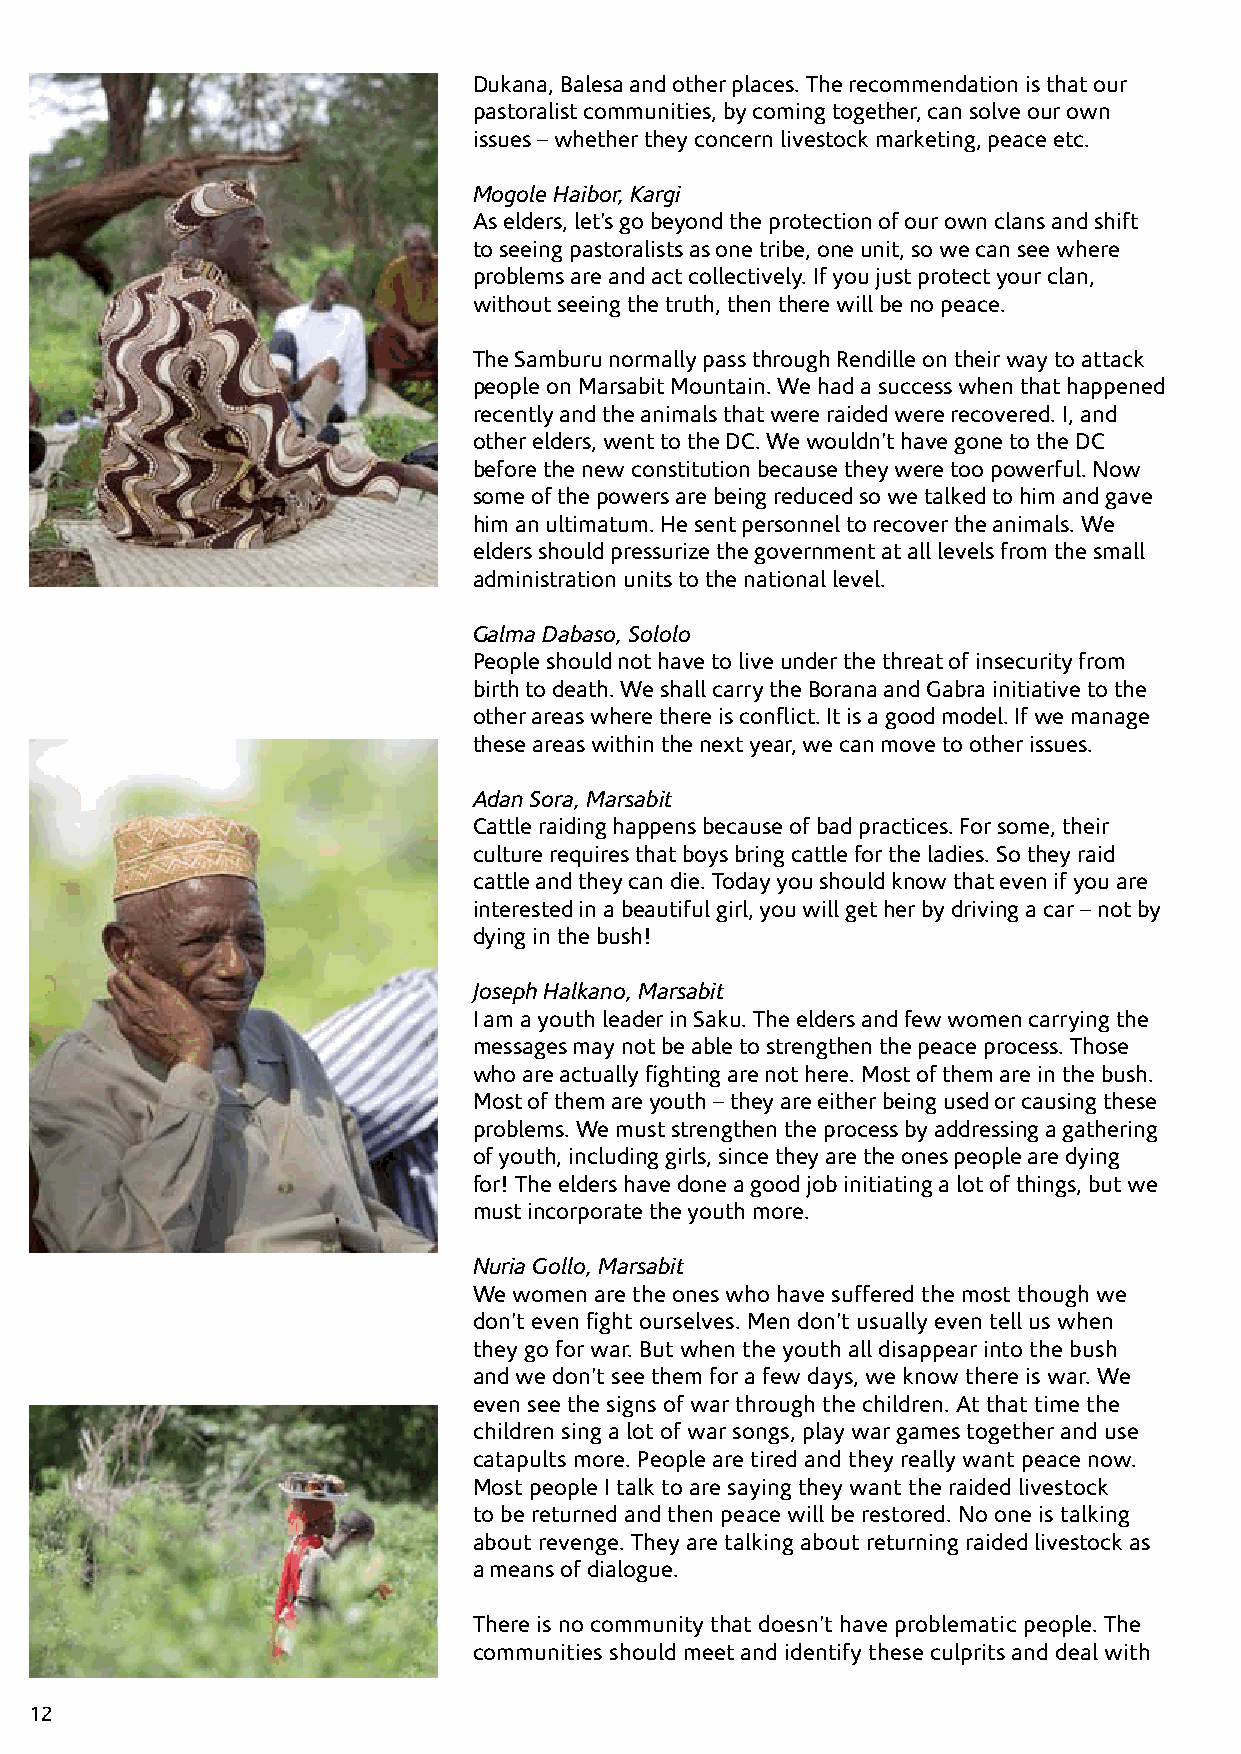
Dukana, Balesa and other places. The recommendation is that our
 pastoralist communities, by coming together, can solve our own
 issues – whether they concern livestock marketing, peace etc.
 Mogole Haibor, Kargi
 As elders, let’s go beyond the protection of our own clans and shift
 to seeing pastoralists as one tribe, one unit, so we can see where
 problems are and act collectively. If you just protect your clan,
 without seeing the truth, then there will be no peace.
 The Samburu normally pass through Rendille on their way to attack
 people on Marsabit Mountain. We had a success when that happened
 recently and the animals that were raided were recovered. I, and
 other elders, went to the DC. We wouldn’t have gone to the DC
 before the new constitution because they were too powerful. Now
 some of the powers are being reduced so we talked to him and gave
 him an ultimatum. He sent personnel to recover the animals. We
 elders should pressurize the government at all levels from the small
 administration units to the national level.
 Galma Dabaso, Sololo
 People should not have to live under the threat of insecurity from
 birth to death. We shall carry the Borana and Gabra initiative to the
 other areas where there is conflict. It is a good model. If we manage
 these areas within the next year, we can move to other issues.
 Adan Sora, Marsabit
 Cattle raiding happens because of bad practices. For some, their
 culture requires that boys bring cattle for the ladies. So they raid
 cattle and they can die. Today you should know that even if you are
 interested in a beautiful girl, you will get her by driving a car – not by
 dying in the bush!
 Joseph Halkano, Marsabit
 I am a youth leader in Saku. The elders and few women carrying the
 messages may not be able to strengthen the peace process. Those
 who are actually fighting are not here. Most of them are in the bush.
 Most of them are youth – they are either being used or causing these
 problems. We must strengthen the process by addressing a gathering
 of youth, including girls, since they are the ones people are dying
 for! The elders have done a good job initiating a lot of things, but we
 must incorporate the youth more.
 Nuria Gollo, Marsabit
 We women are the ones who have suffered the most though we
 don’t even fight ourselves. Men don’t usually even tell us when
 they go for war. But when the youth all disappear into the bush
 and we don’t see them for a few days, we know there is war. We
 even see the signs of war through the children. At that time the
 children sing a lot of war songs, play war games together and use
 catapults more. People are tired and they really want peace now.
 Most people I talk to are saying they want the raided livestock
 to be returned and then peace will be restored. No one is talking
 about revenge. They are talking about returning raided livestock as
 a means of dialogue.
 There is no community that doesn’t have problematic people. The
 communities should meet and identify these culprits and deal with
 12